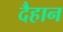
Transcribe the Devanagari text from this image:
दैहान